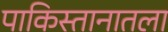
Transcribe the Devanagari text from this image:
पाकिस्तानातला